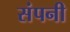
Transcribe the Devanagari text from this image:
संपनी